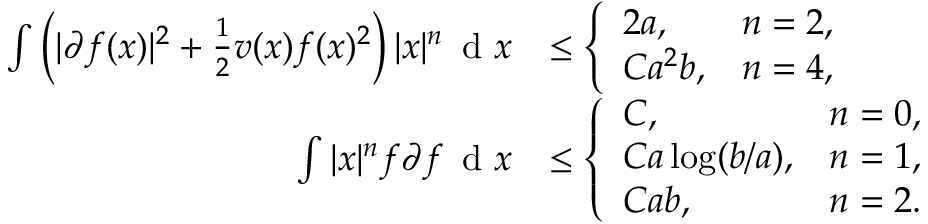
\begin{array} { r l } { \int \left( | \partial f ( x ) | ^ { 2 } + \frac { 1 } { 2 } v ( x ) f ( x ) ^ { 2 } \right) | x | ^ { n } \, \textnormal { d } x } & { \leq \left\{ \begin{array} { l l } { 2 a , } & { n = 2 , } \\ { C a ^ { 2 } b , } & { n = 4 , } \end{array} \right. } \\ { \int | x | ^ { n } f \partial f \, \textnormal { d } x } & { \leq \left\{ \begin{array} { l l } { C , } & { n = 0 , } \\ { C a \log ( b / a ) , } & { n = 1 , } \\ { C a b , } & { n = 2 . } \end{array} \right. } \end{array}